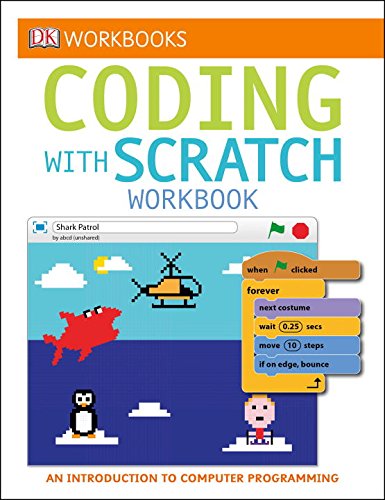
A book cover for DK Workbooks: Coding with Scratch Workbook; DK; Children's Books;